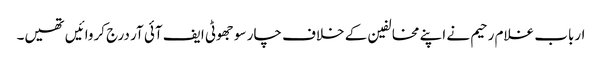
ارباب غلام رحیم نے اپنے مخالفین کے خلاف چار سو جھوٹی ایف آئی آر درج کروائیں تھیں۔